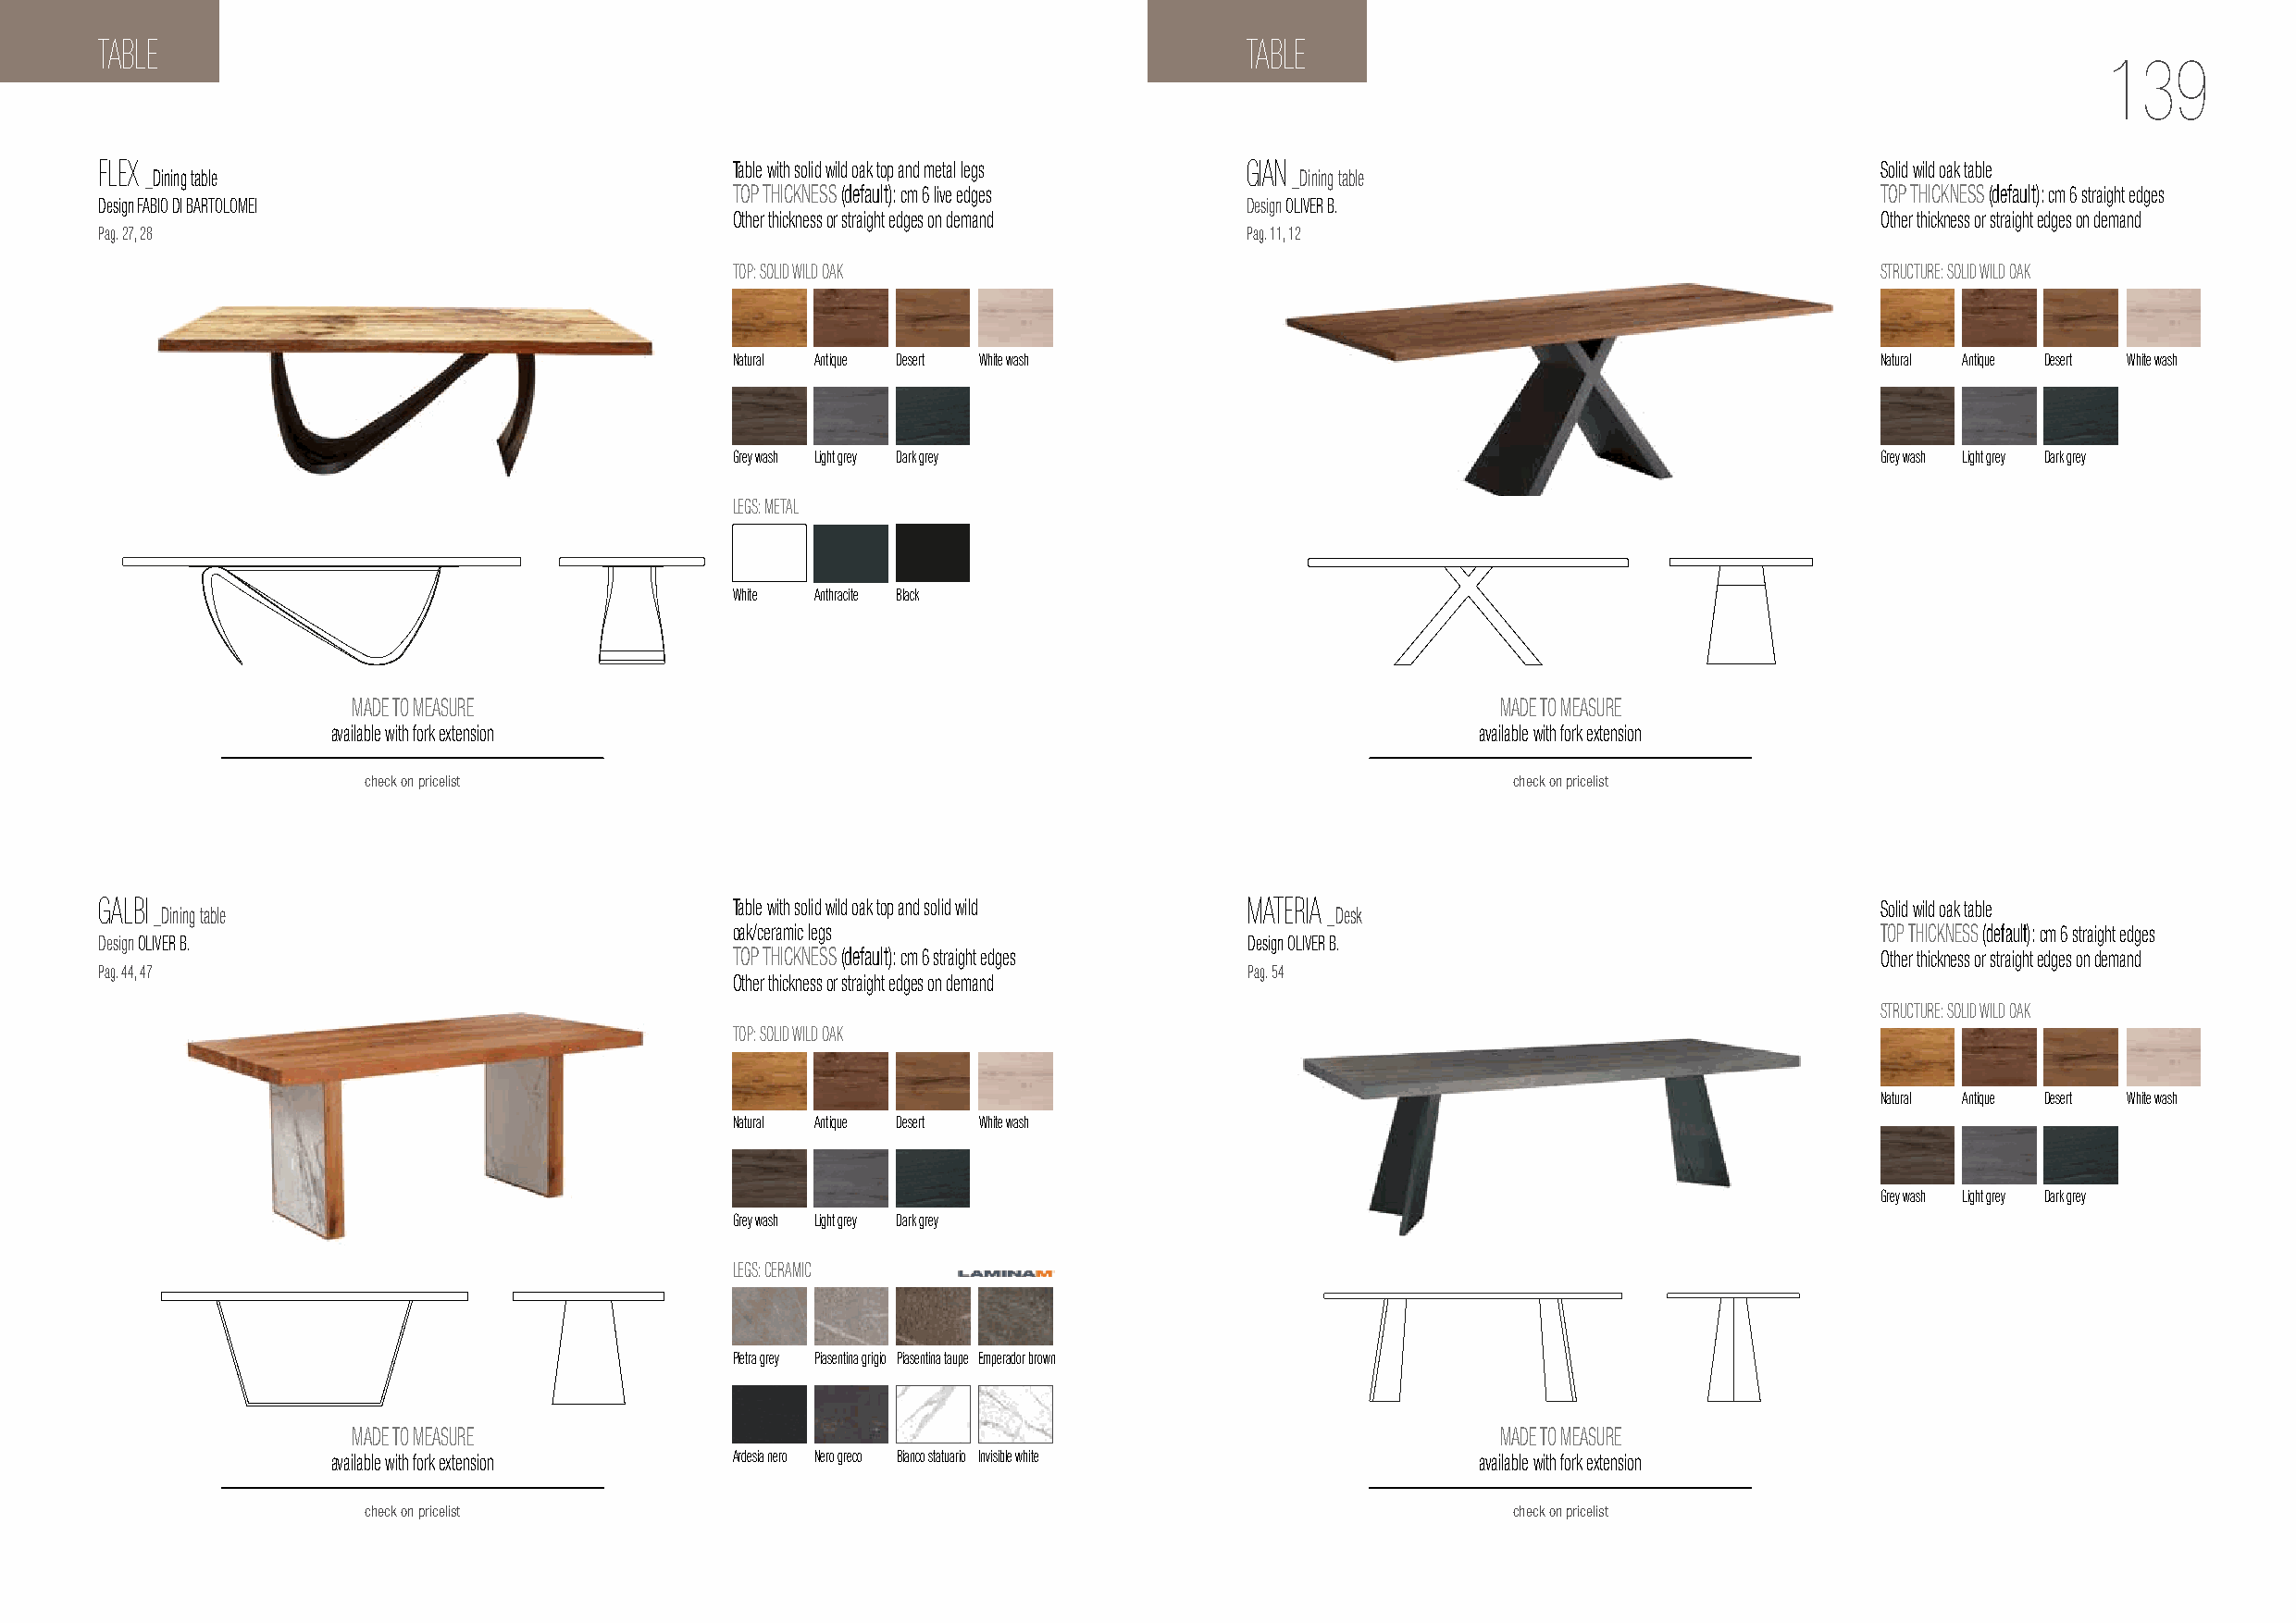
TABLE                                                                             TABLE
 139
 FLEX                                         Table with solid wild oak top and metal legs GIAN                                 Solid wild oak table
 _Dining table                                                                     _Dining table
 TOP THICKNESS (default): cm 6 live edges                                          TOP THICKNESS (default): cm 6 straight edges
 Design FABIO DI BARTOLOMEI                                                        Design OLIVER B.
 Other thickness or straight edges on demand                                       Other thickness or straight edges on demand
 Pag. 27, 28                                                                       Pag. 11, 12
 TOP: SOLID WILD OAK                                                                STRUCTURE: SOLID WILD OAK
 Natural Antique Desert White wash                                                 Natural Antique Desert White wash
 Grey wash Light grey Dark grey                                                    Grey wash Light grey Dark grey
 LEGS: METAL
 White Anthracite Black
 MADE TO MEASURE                                                                   MADE TO MEASURE
 available with fork extension                                                     available with fork extension
 check on pricelist                                                                check on pricelist
 GALBI                                        Table with solid wild oak top and solid wild MATERIA                              Solid wild oak table
 _Dining table                                                                       _Desk
 oak/ceramic legs                                                                  TOP THICKNESS (default): cm 6 straight edges
 Design OLIVER B.                                                                  Design OLIVER B.
 TOP THICKNESS (default): cm 6 straight edges                                      Other thickness or straight edges on demand
 Pag. 44, 47                                                                       Pag. 54
 Other thickness or straight edges on demand
 STRUCTURE: SOLID WILD OAK
 TOP: SOLID WILD OAK
 Natural Antique Desert White wash
 Natural Antique Desert White wash
 Grey wash Light grey Dark grey
 Grey wash Light grey Dark grey
 LEGS: CERAMIC
 Pietra grey Piasentina grigio Piasentina taupe Emperador brown
 MADE TO MEASURE                                                                   MADE TO MEASURE
 available with fork extension Ardesia nero Nero greco Bianco statuario Invisible white available with fork extension
 check on pricelist                                                                check on pricelist